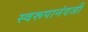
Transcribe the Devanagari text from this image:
स्वरूपानंदजी